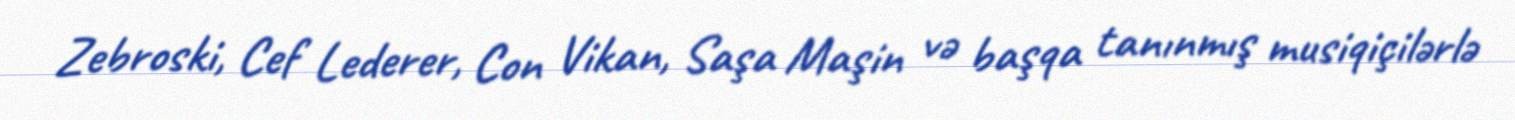
Zebroski, Cef Lederer, Con Vikan, Saşa Maşin və başqa tanınmış musiqiçilərlə